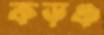
কড়ঞ্চ